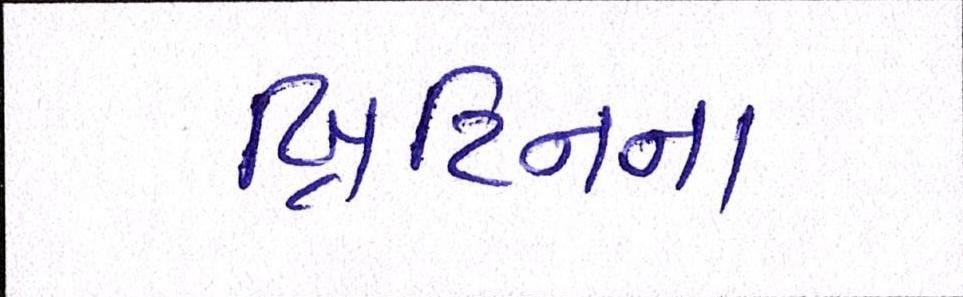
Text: બ્રિટિનના